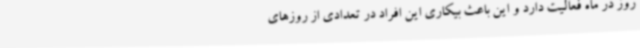
روز در ماه فعالیت دارد و این باعث بیکاری این افراد در تعدادی از روزهای